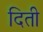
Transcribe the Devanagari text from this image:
दिती